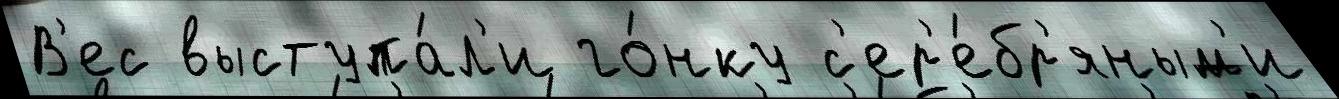
В'ес выступа́л'и го́нку с'ер'е́бр'яным'и